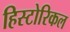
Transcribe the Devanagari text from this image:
हिस्‍टोरिकल